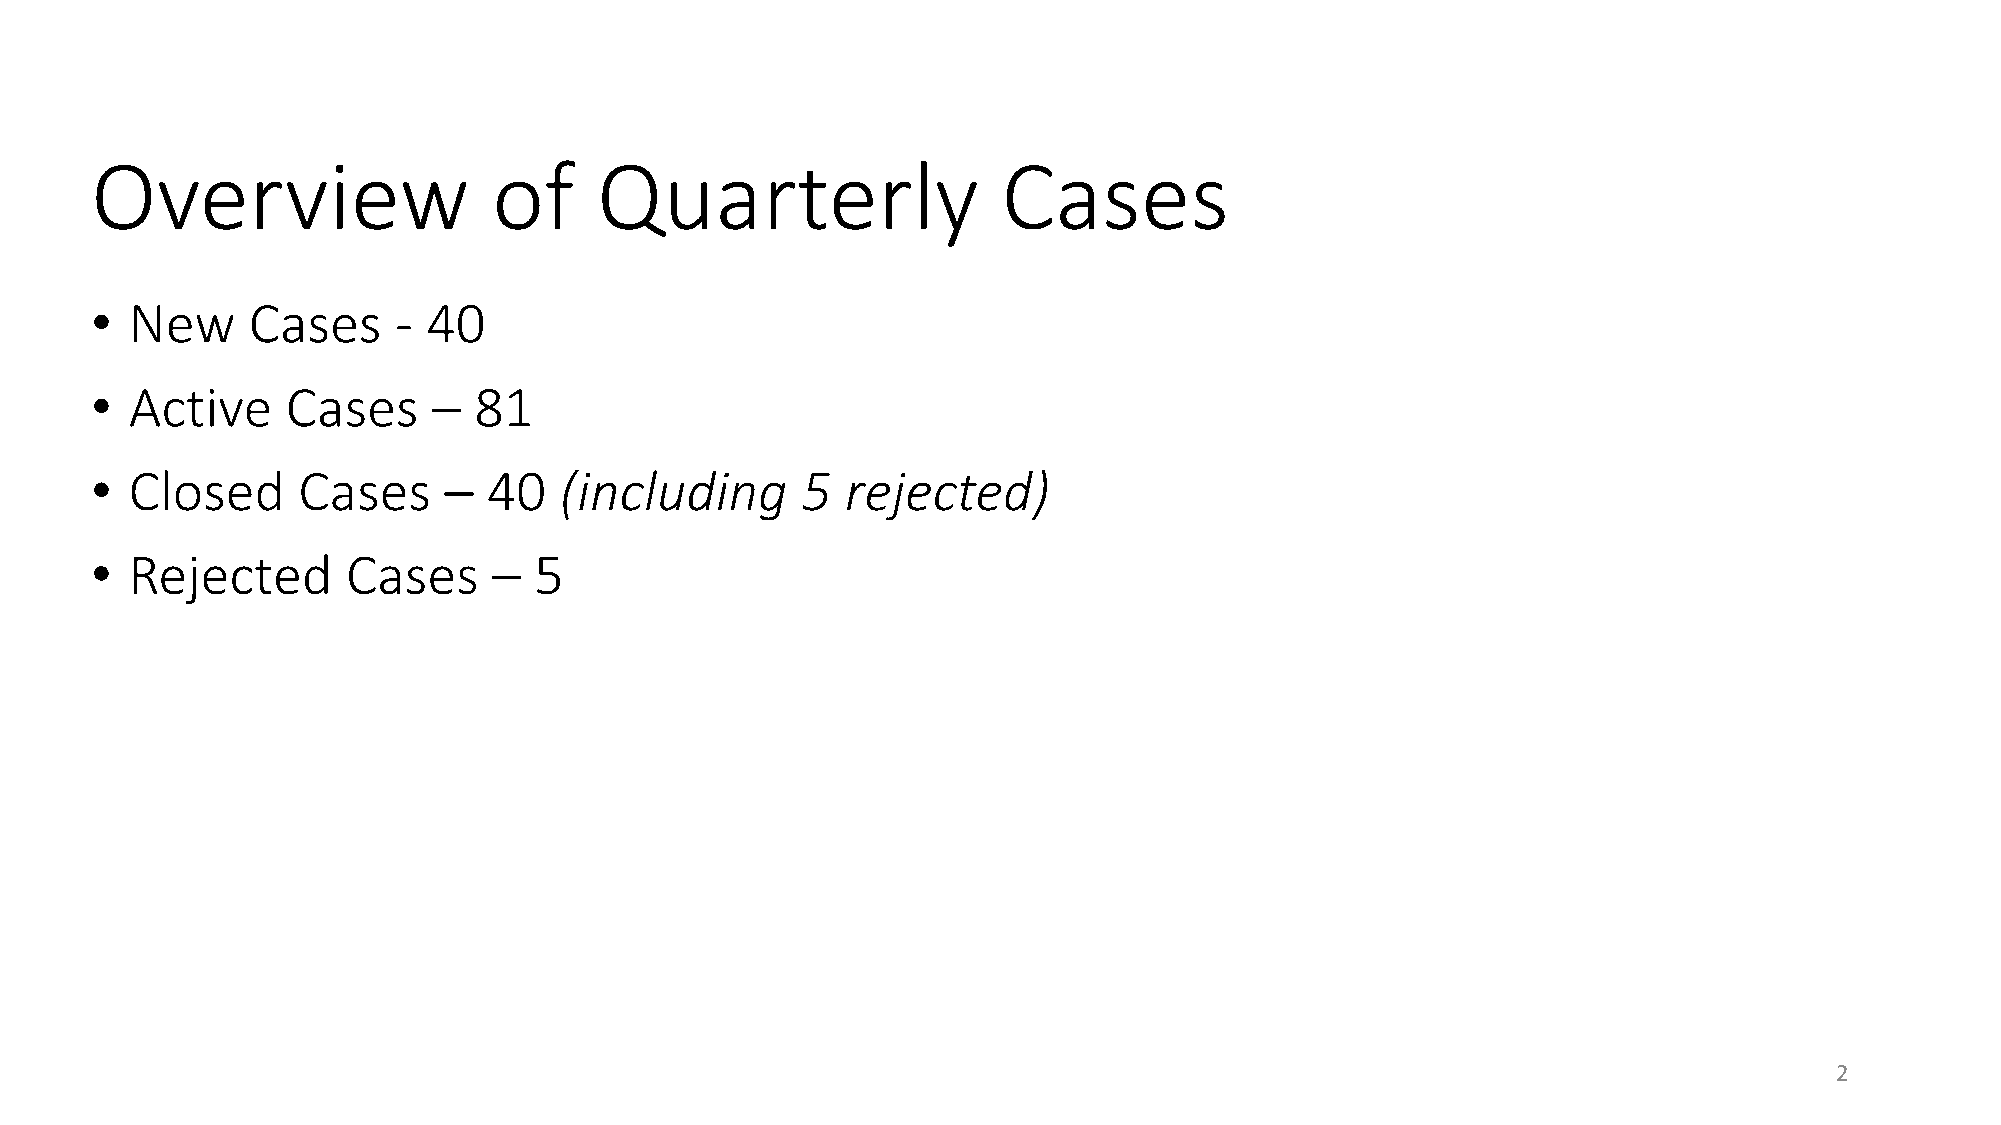
Overview                   of    Quarterly                  Cases
 •  New    Cases     - 40
 •  Active    Cases     – 81
 •  Closed     Cases    –  40   (including      5  rejected)
 •  Rejected      Cases     – 5
 2